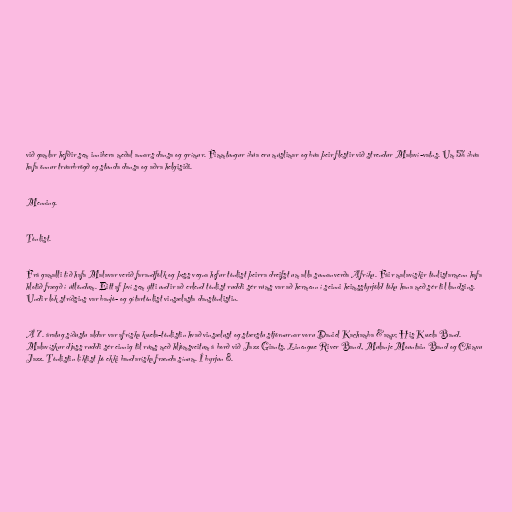
við gamlar hefðir sem innibera meðal annars dansa og grímur. Fimmtungur íbúa eru múslimar og búa þeir flestir við strendur Malaví-vatns. Um 5% íbúa
hafa önnur trúarbrögð og stunda dansa og aðra helgisiði.

Menning.

Tónlist.

Frá gamalli tíð hafa Malavar verið farandfólk og þess vegna hefur tónlist þeirra dreifst um alla sunnanverða Afríku. Fáir malavískir tónlistarmenn hafa
hlotið frægð í útlöndum. Eitt af því sem ýtti undir að erlend tónlist ruddi sér rúms var að hermenn í seinni heimsstyrjöld tóku hana með sér til landsins.
Undir lok stríðsins var banjó- og gítartónlist vinsælasta danstónlistin.

Á 7. áratug síðustu aldar var afríska kwela-tónlistin hvað vinsælust og stærstu stjörnurnar voru Daniel Kachamba &amp; His Kwela Band.
Malavískur djass ruddi sér einnig til rúms með hljómsveitum á borð við Jazz Giants, Linengwe River Band, Mulanje Mountain Band og Chimvu
Jazz. Tónlistin líktist þó ekki bandaríska frænda sínum. Í byrjun 8.